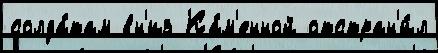
солда́там вн'из Ка́м'енной отстран'и́л